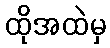
ထိုအထဲမှ